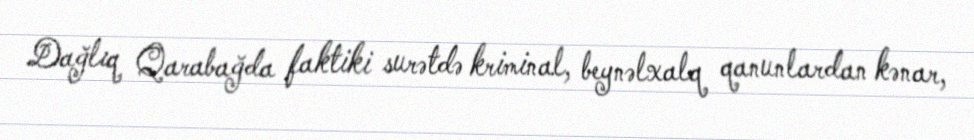
Dağlıq Qarabağda faktiki surətdə kriminal, beynəlxalq qanunlardan kənar,